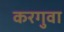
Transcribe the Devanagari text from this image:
करगुवा